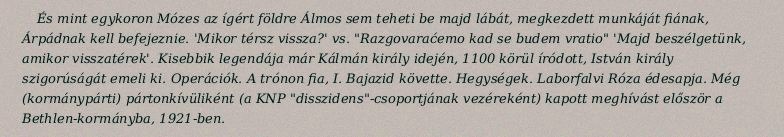
És mint egykoron Mózes az ígért földre Álmos sem teheti be majd lábát, megkezdett munkáját fiának, Árpádnak kell befejeznie. 'Mikor térsz vissza?' vs. "Razgovaraćemo kad se budem vratio" 'Majd beszélgetünk, amikor visszatérek'. Kisebbik legendája már Kálmán király idején, 1100 körül íródott, István király szigorúságát emeli ki. Operációk. A trónon fia, I. Bajazid követte. Hegységek. Laborfalvi Róza édesapja. Még (kormánypárti) pártonkívüliként (a KNP "disszidens"-csoportjának vezéreként) kapott meghívást először a Bethlen-kormányba, 1921-ben.